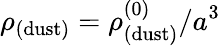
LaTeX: \rho_{\mathrm{(dust)}}=\rho_{\mathrm{(dust)}}^{(0)}/a^{3}